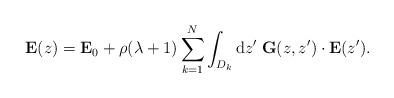
LaTeX: \begin{align*}\mathbf E(z) = \mathbf E_0+ \rho(\lambda+1)\sum_{k=1}^N\int_{D_k} \textrm{d}z' \; \mathbf G(z,z')\cdot \mathbf E(z'). \end{align*}